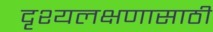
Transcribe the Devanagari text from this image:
दृश्यलक्षणासाठी